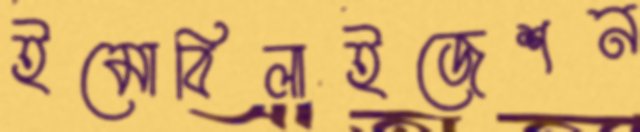
ইমোবিলাইজেশন